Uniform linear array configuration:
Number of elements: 4
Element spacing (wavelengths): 1
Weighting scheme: binomial
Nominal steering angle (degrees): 0
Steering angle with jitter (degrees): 0.332
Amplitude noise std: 0.05
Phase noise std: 0.05

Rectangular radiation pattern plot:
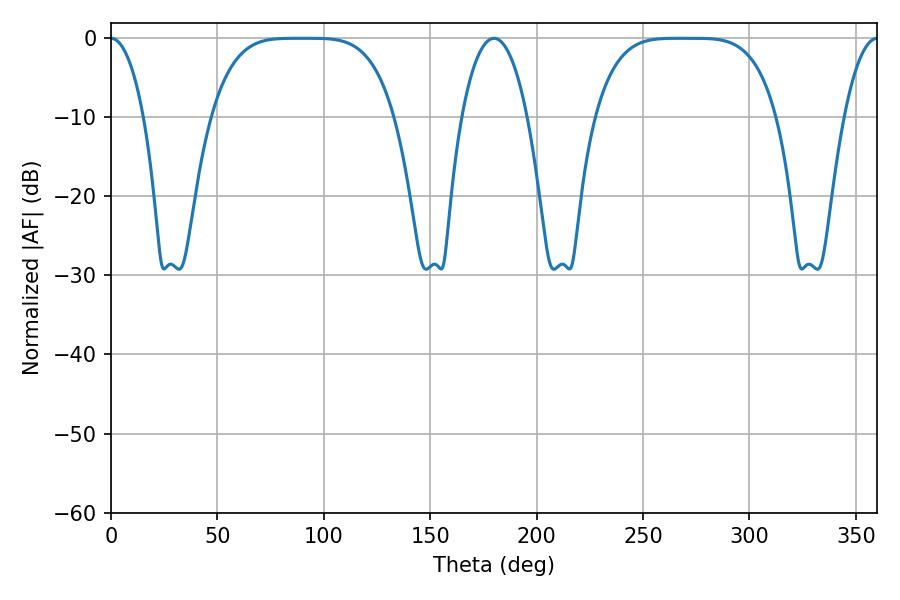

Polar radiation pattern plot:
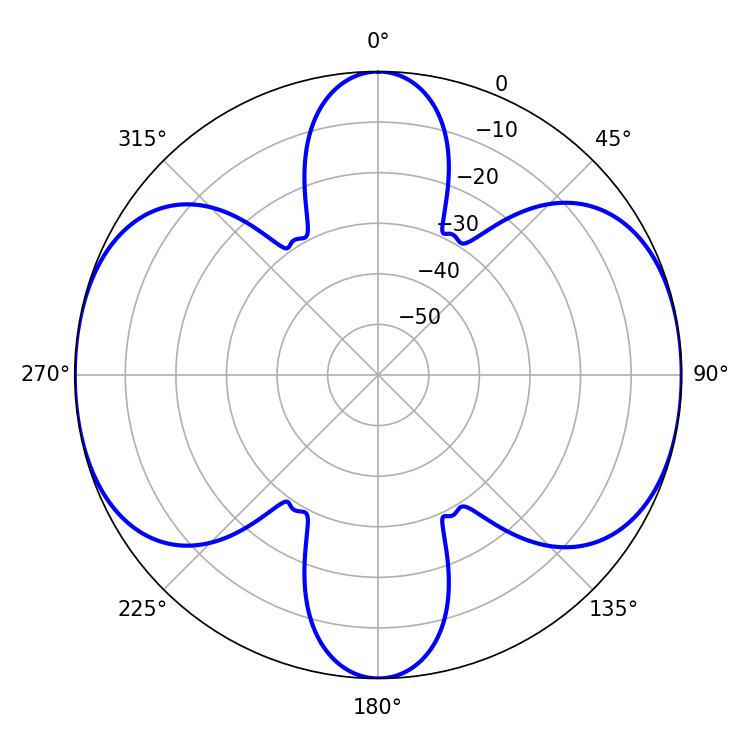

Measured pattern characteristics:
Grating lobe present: TRUE
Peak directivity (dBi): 28.635
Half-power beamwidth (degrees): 63.72
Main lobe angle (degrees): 268.38